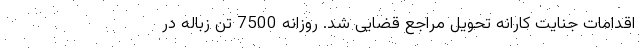
اقدامات جنایت کارانه تحویل مراجع قضایی شد. روزانه 7500 تن زباله در